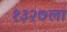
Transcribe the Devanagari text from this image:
१३२७ला